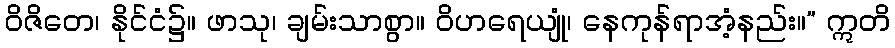
ဝိဇိတေ၊ နိုင်ငံ၌။ ဖာသု၊ ချမ်းသာစွာ။ ဝိဟရေယျုံ၊ နေကုန်ရာအံ့နည်း။” ဣတိ